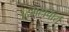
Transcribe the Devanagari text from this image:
उद्भटाचार्य